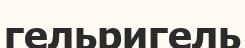
гельригель